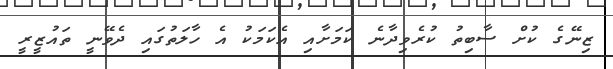
ޒިނޭގެ ކުށް ސާބިތު ކުރެވިދާނެ ކަމަށާއި އެކަމަކު އެ ހާލަތުގައި ދެވޭނީ ތައުޒީރީ